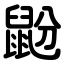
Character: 鼢